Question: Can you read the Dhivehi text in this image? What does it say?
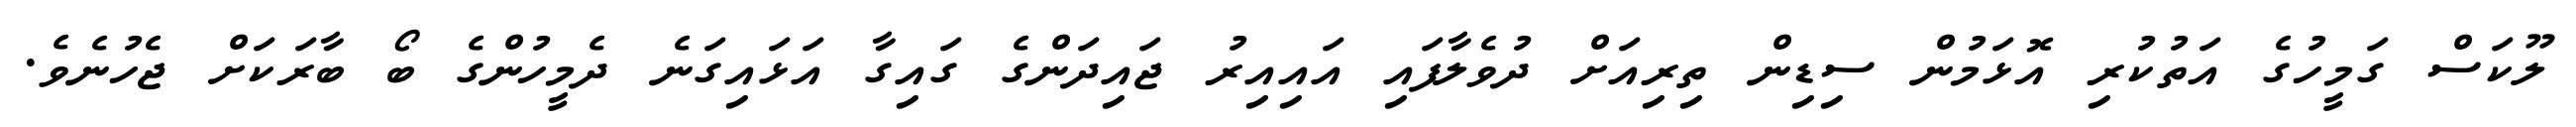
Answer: ލޫކަސް ގަމީހުގެ އަތުކުރި އޮޅަމުން ސިޑިން ތިރިއަށް ދުވެލާފައި އައިއިރު ޖައިދަންގެ ގައިގާ އަޅައިގަނެ ދެމީހުންގެ ބޯ ބާރަކަށް ޖެހުނެވެ.